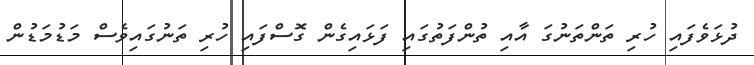
ދުޅަވެފައި ހުރި ތަންތަނުގަ އާއި ތުންފަތުގައި ފަޅައިގެން ގޮސްފައި ހުރި ތަނުގައިވެސް މަޑުމަޑުން